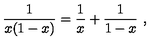
{ \frac { 1 } { x ( 1 - x ) } } = { \frac { 1 } { x } } + { \frac { 1 } { 1 - x } } \ ,